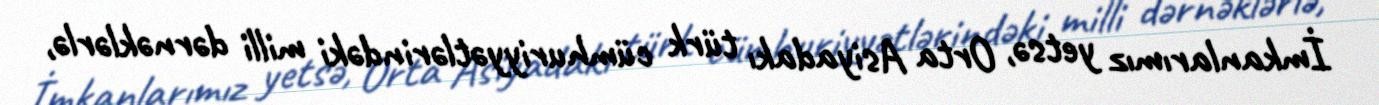
İmkanlarımız yetsə, Orta Asiyadakı türk cümhuriyyətlərindəki milli dərnəklərlə,